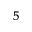
_ 5